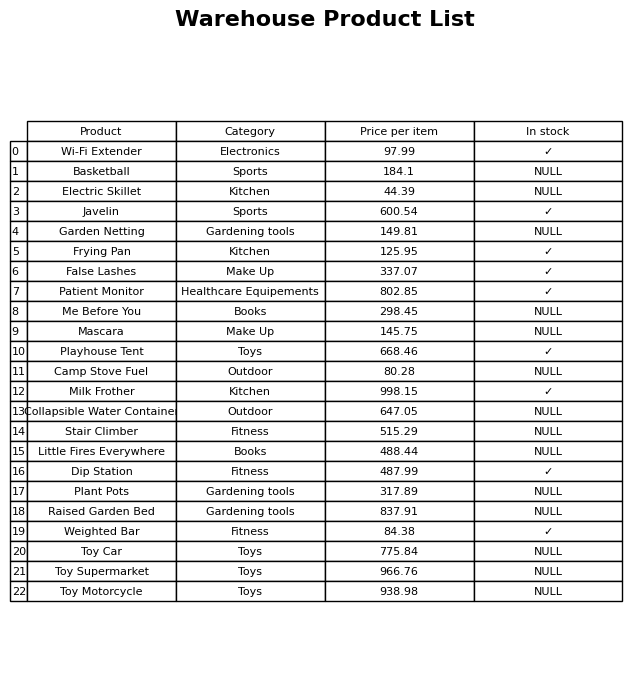
question: Is the Playhouse Tent in stock?
answer: ✓